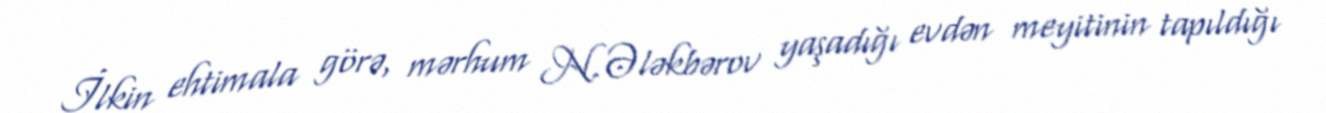
İlkin ehtimala görə, mərhum N.Ələkbərov yaşadığı evdən meyitinin tapıldığı